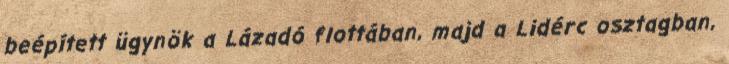
beépített ügynök a Lázadó flottában, majd a Lidérc osztagban,